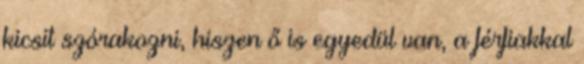
kicsit szórakozni, hiszen ő is egyedül van, a férfiakkal